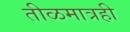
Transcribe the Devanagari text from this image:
तीळमात्रही